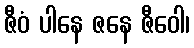
ဇီဝံ ပါနေ ဇနေ ဇီဝေါ၊